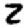
Digit: 2